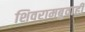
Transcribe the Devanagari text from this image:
शिवरामबुवाही